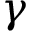
\gamma